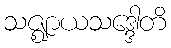
သဇ္ဈာယသဒ္ဒေါတိ